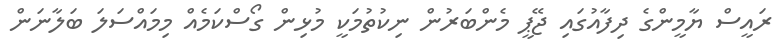
ރައީސް ޔާމީންގެ ދިފާއުގައި ޖޭޕީ މެންބަރުން ނިކުތުމަކީ މުޅިން ގޯސްކަމެއް މިމައްސަލަ ބަލާނަން